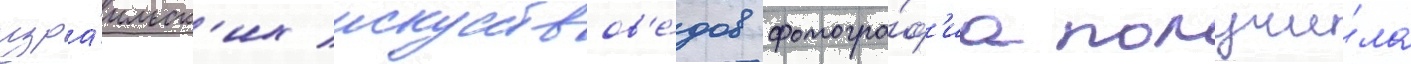
изра́ильск'их искусствов'е́дов фотогра́ф'иа получи́ла